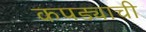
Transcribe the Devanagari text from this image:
कपड्याची